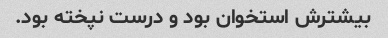
بیشترش استخوان بود و درست نپخته بود.